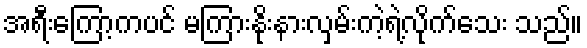
အရီးကြော့ကပင် မကြားနိုးနားလှမ်းကဲ့ရဲ့လိုက်သေး သည်။